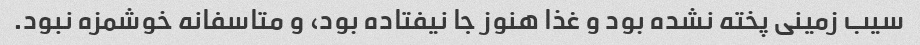
سیب زمینی پخته نشده بود و غذا هنوز جا نیفتاده بود، و متاسفانه خوشمزه نبود.